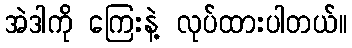
အဲဒါကို ကြေးနဲ့ လုပ်ထားပါတယ်။